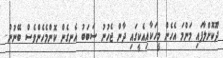
ދޫކޮށްލާފައި މަންމަ އެހެން މީހަކާއިއެކީގައި ދާން ޖެހުނު ސަބަބު އެނގެން ކޮންމެހެންވެސް ބޭނުން..